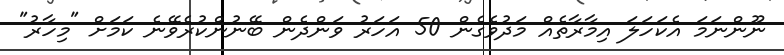
ނޫންނަމަ އެކަހަލަ އިމާރާތެއް މަދުވެގެން 50 އަހަރު ވަންދެން ބޭނުންކުރެވޭނެ ކަމަށް "މިހާރު"